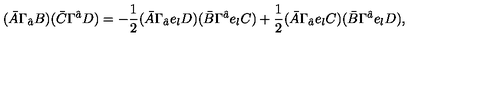
( \bar { A } \Gamma _ { \hat { a } } B ) ( \bar { C } \Gamma ^ { \hat { a } } D ) = - \frac { 1 } { 2 } ( \bar { A } \Gamma _ { \hat { a } } e _ { l } D ) ( \bar { B } \Gamma ^ { \hat { a } } e _ { l } C ) + \frac { 1 } { 2 } ( \bar { A } \Gamma _ { \hat { a } } e _ { l } C ) ( \bar { B } \Gamma ^ { \hat { a } } e _ { l } D ) ,